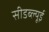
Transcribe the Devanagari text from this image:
सीडब्ल्यूई